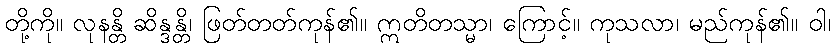
တို့ကို။ လုနန္တိ ဆိန္ဒန္တိ၊ ဖြတ်တတ်ကုန်၏။ ဣတိတသ္မာ၊ ကြောင့်။ ကုသလာ၊ မည်ကုန်၏။ ဝါ၊